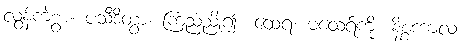
လွန်ကဲစွာ။ ပသီဒိတွာ၊ ကြည်ညို၍။ ထေရံ၊ မထေရ်ကို။ နိစ္စကာလံ၊